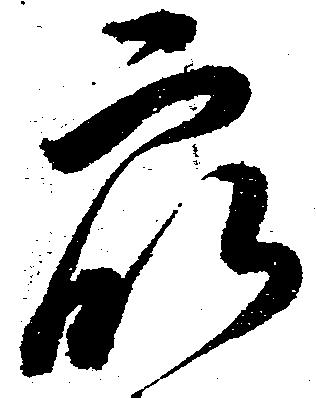
衆